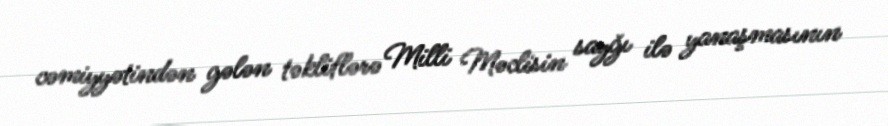
cəmiyyətindən gələn təkliflərə Milli Məclisin sayğı ilə yanaşmasının